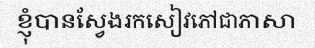
ខ្ញុំបានស្វែងរកសៀវភៅជាភាសា